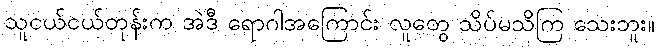
သူငယ်ငယ်တုန်းက အဲဒီ ရောဂါအကြောင်း လူတွေ သိပ်မသိကြ သေးဘူး။